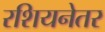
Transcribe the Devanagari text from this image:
रशियनेतर